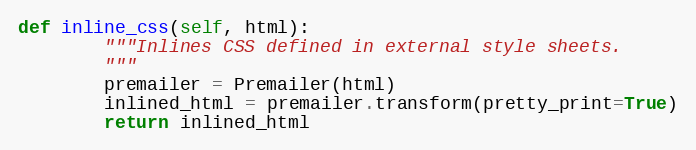
Language: Python
def inline_css(self, html):
        """Inlines CSS defined in external style sheets.
        """
        premailer = Premailer(html)
        inlined_html = premailer.transform(pretty_print=True)
        return inlined_html